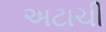
અટાચી